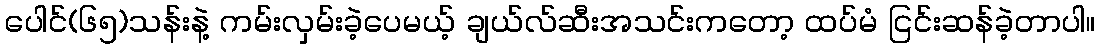
ပေါင်(၆၅)သန်းနဲ့ ကမ်းလှမ်းခဲ့ပေမယ့် ချယ်လ်ဆီးအသင်းကတော့ ထပ်မံ ငြင်းဆန်ခဲ့တာပါ။